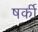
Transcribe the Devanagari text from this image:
षर्की